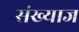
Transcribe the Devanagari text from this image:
संख्याज